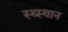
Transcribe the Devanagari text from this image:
स्‍थ्‍स्थान